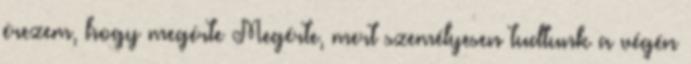
érezem, hogy megérte Megérte, mert személyesen tudtunk a végén